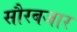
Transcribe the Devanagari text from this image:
सौरबजार